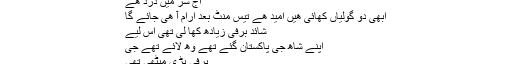
اور وھ خاور هے که گونگلو پر مضمون لکھنے کا سوچ رہا هے
آج سر میں درد هے
ابھی دو گولیاں کھائی هیں امید هے تیس منٹ بعد ارام آ هی جائے گا
شائد برفی زیادھ کھا لی تھی اس لیے
اپنے شاھ جی پاکستان گئے تھے وھ لائے تھے جی
برفی بڑی میٹھی تھی
اب اگر برفی کا سر درد سے تعلق ناں نکلے تو ؟